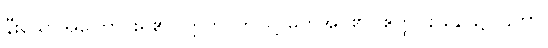
နီးသောအကြောင်းရှိ၏။ ဣတိ၊ ဤသို့ မှတ်အပ်၏။ ဧတ္ထ ဌာနေ၊ ၌။ ဌတွာ၊